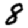
Digit: 8